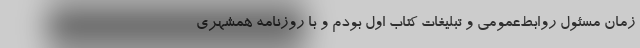
زمان مسئول روابط‌عمومی و تبلیغات کتاب اول بودم و با روزنامه همشهری